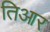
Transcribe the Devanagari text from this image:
तिआर